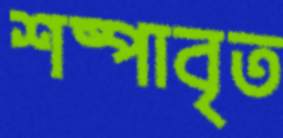
শষ্পাবৃত